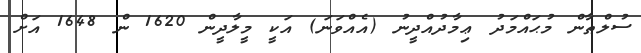
ސުލްޠާން މުޙައްމަދު ޢިމާދުއްދީނު (އެއްވަނަ) އަކީ މީލާދީން 1620 ން 1648 އަށް